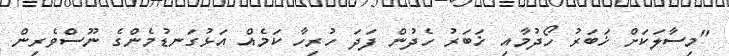
"މިސާލަކަށް ޚަބަރު ހޯދުމާއި ޚަބަރު ހެދުން ފަދަ ހުރިހާ ކަމެއް އަޅުގަނޑުމެންގެ ނޫސްވެރިން